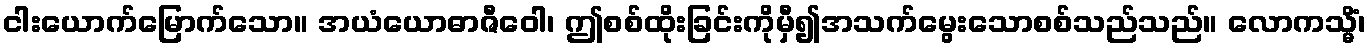
ငါးယောက်မြောက်သော။ အယံယောဓာဇီဝေါ၊ ဤစစ်ထိုးခြင်းကိုမှီ၍အသက်မွေးသောစစ်သည်သည်။ လောကသ္မိံ၊